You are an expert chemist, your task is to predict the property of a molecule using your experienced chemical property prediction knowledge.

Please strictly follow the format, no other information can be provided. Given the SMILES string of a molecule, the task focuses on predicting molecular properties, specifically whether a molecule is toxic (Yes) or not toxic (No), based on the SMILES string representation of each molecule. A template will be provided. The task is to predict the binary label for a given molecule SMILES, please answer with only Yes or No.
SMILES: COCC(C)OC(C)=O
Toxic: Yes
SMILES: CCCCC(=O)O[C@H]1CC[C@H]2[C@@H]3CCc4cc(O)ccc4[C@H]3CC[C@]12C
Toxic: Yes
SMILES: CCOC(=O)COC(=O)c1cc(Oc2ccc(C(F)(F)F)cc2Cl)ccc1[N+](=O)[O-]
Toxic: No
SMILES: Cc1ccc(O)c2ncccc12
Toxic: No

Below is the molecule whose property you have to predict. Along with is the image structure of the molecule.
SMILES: Nc1ccc(Nc2ccccc2)cc1
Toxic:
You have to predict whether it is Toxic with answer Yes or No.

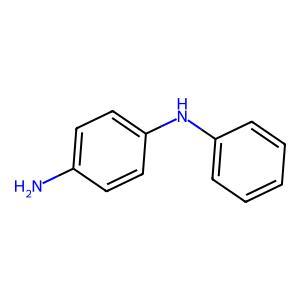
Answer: No